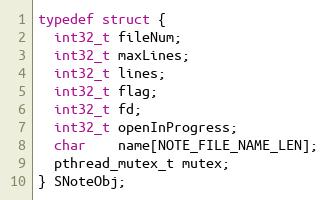
Language: C
typedef struct {
  int32_t fileNum;
  int32_t maxLines;
  int32_t lines;
  int32_t flag;
  int32_t fd;
  int32_t openInProgress;
  char    name[NOTE_FILE_NAME_LEN];
  pthread_mutex_t mutex;
} SNoteObj;